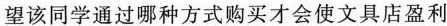
望该同学通过哪种方式购买才会使文具店盈利